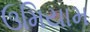
ઉમિયામ